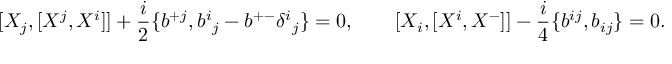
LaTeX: [ X _ { j } , [ X ^ { j } , X ^ { i } ] ] + { \frac { i } { 2 } } \{ b ^ { + j } , b ^ { i } { } _ { j } - b ^ { + - } \delta ^ { i } { } _ { j } \} = 0 , \qquad [ X _ { i } , [ X ^ { i } , X ^ { - } ] ] - { \frac { i } { 4 } } \{ b ^ { i j } , b _ { i j } \} = 0 .